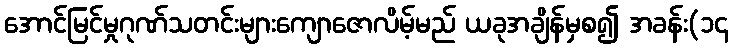
အောင်မြင်မှုဂုဏ်သတင်းများကျောဇောလိမ့်မည် ယခုအချိန်မှစ၍ အခန်း(၁၄